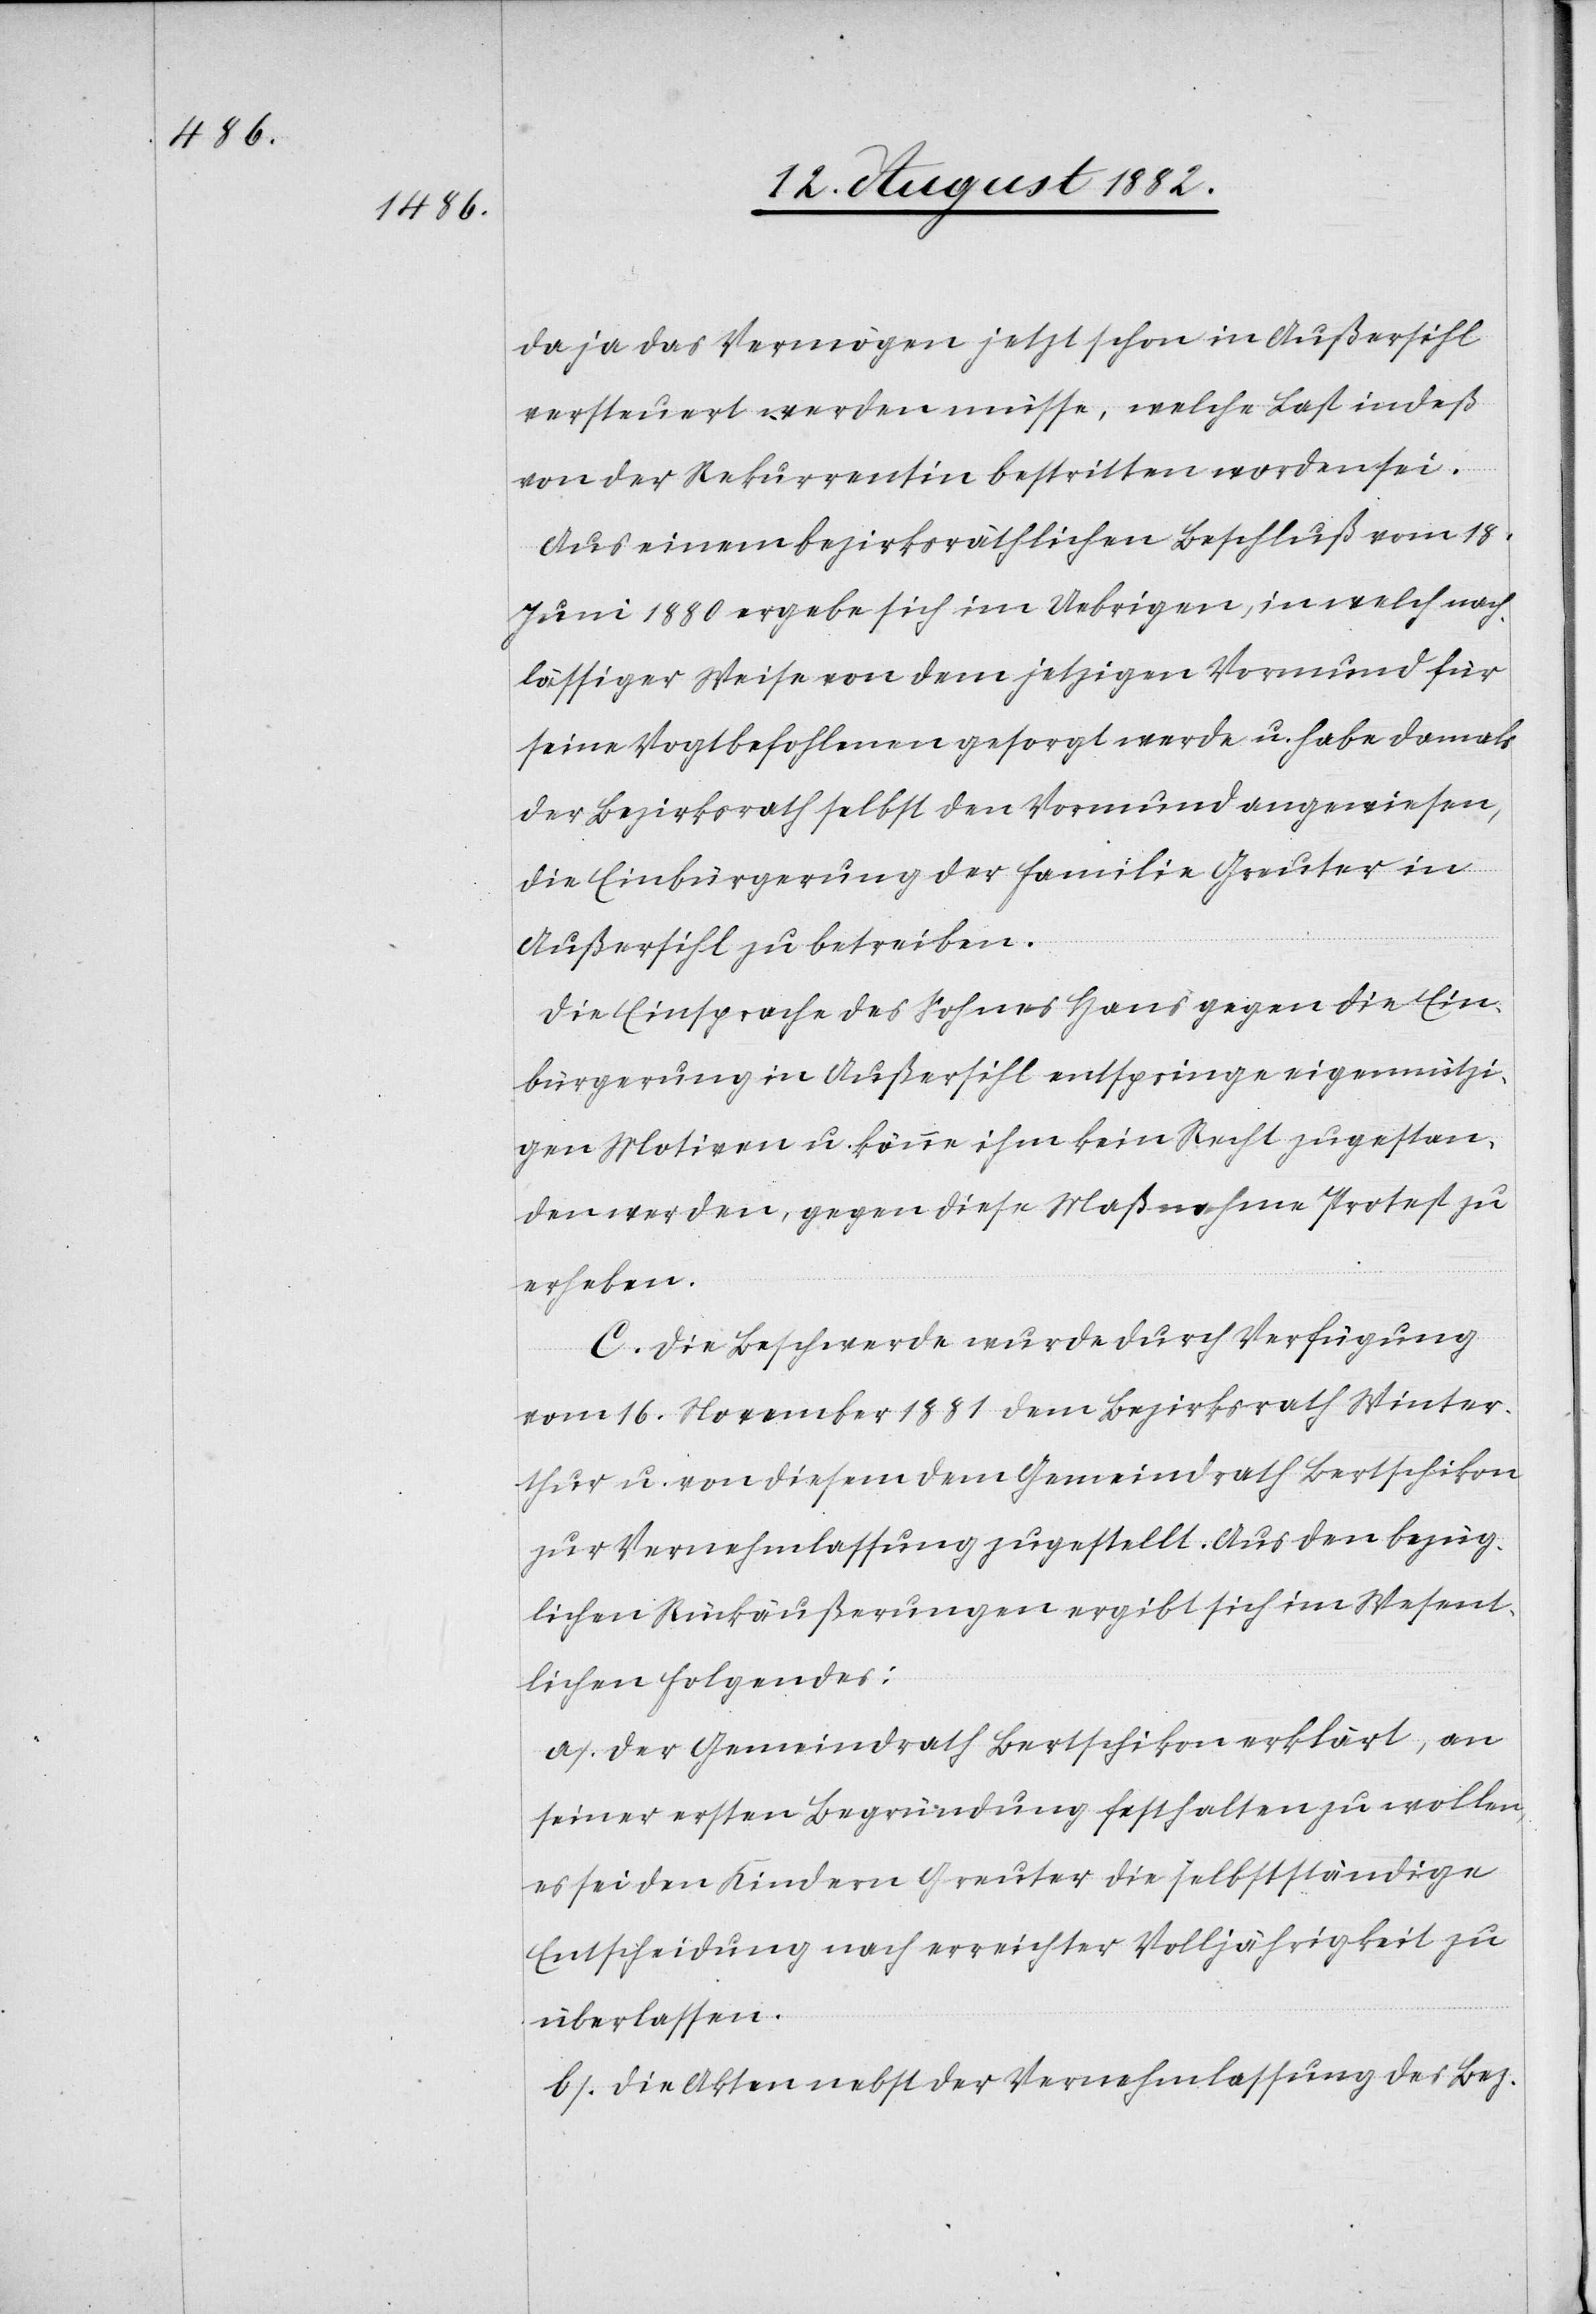
da ja das Vermögen jetzt schon in Außersihl
versteuert werden müsse, welche Last indeß
von der Rekurrentin bestritten worden sei.
Aus einem bezirksräthlichen Beschluß vom 18.
Juni 1880 ergebe sich im Uebrigen, in welch nach¬
lässiger Weise von dem jetzigen Vormund für
seine Vogtbefohlenen gesorgt werde u. habe damals
der Bezirksrath selbst den Vormund angewiesen,
die Einbürgerung der Familie Greuter in
Außersihl zu betreiben.
Die Einsprache des Sohnes Hans gegen die Ein¬
bürgerung in Außersihl entspringe eigennützi¬
gen Motiven u. könne ihm kein Recht zugestan¬
den werden, gegen diese Maßnahme Protest zu
erheben.
C. Die Beschwerde wurde durch Verfügung
vom 16. November 1881 dem Bezirksrath Winter¬
thur u. von diesem dem Gemeindrath Bertschikon
zur Vernehmlassung zugestellt. Aus den bezüg¬
lichen Rückäußerungen ergibt sich im Wesent¬
lichen Folgendes:
a. Der Gemeindrath Bertschikon erklärt, an
seiner ersten Begründung festhalten zu wollen,
es sei den Kindern Greuter die selbstständige
Entscheidung nach erreichter Volljährigkeit zu
überlassen.
b. Die Akten nebst der Vernehmlassung des Bez.